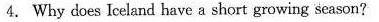
4. Why does Iceland have a short growing season?